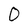
Character: 0